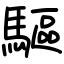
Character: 驅